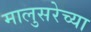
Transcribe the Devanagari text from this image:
मालुसरेच्या